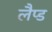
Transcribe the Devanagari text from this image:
लैप्ड